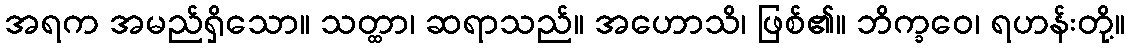
အရက အမည်ရှိသော။ သတ္ထာ၊ ဆရာသည်။ အဟောသိ၊ ဖြစ်၏။ ဘိက္ခဝေ၊ ရဟန်းတို့။